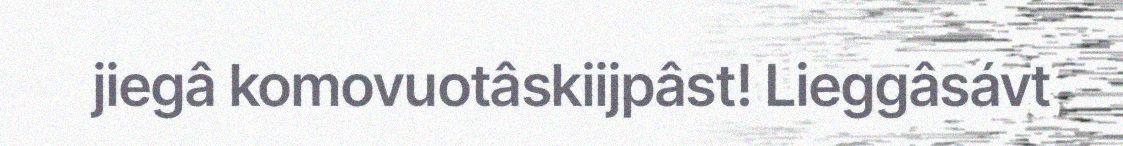
jiegâ komovuotâskiijpâst! Lieggâsávt